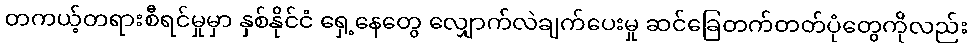
တကယ့်တရားစီရင်မှုမှာ နှစ်နိုင်ငံ ရှေ့နေတွေ လျှောက်လဲချက်ပေးမှု ဆင်ခြေတက်တတ်ပုံတွေကိုလည်း